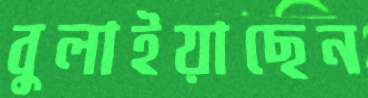
বুলাইয়াছেন